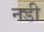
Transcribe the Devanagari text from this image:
नडी